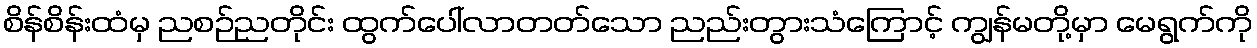
စိန်စိန်းထံမှ ညစဉ်ညတိုင်း ထွက်ပေါ်လာတတ်သော ညည်းတွားသံကြောင့် ကျွန်မတို့မှာ မေရွက်ကို